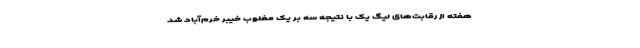
هفته از رقابت‌های لیگ یک با نتیجه سه بر یک مغلوب خیبر خرم‌آباد شد